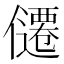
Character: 𪝴